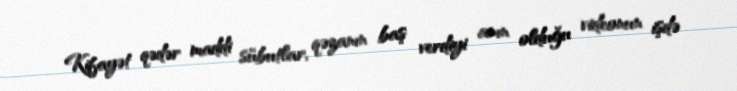
Kifayət qədər maddi sübutlar, qəzanın baş verdiyi anın olduğu videonun işdə